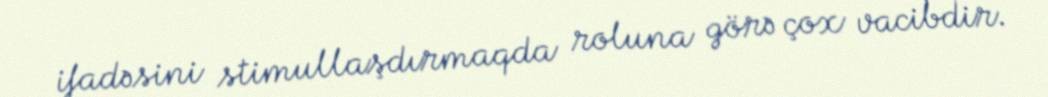
ifadəsini stimullaşdırmaqda roluna görə çox vacibdir.